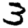
Digit: 3